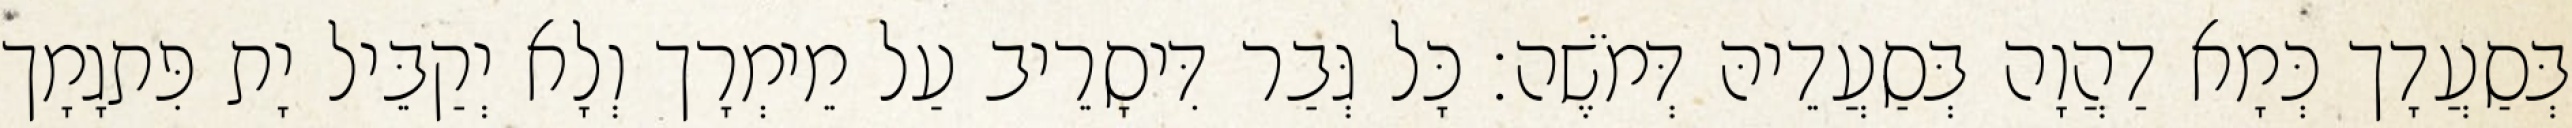
בְּסַעֲדָך כְּמָא דַהֲוָה בְּסַעֲדֵיהּ דְּמֹשֶׁה׃ כָּל גְּבַר דִּיסָרֵיב עַל מֵימְרָך וְלָא יְקַבֵּיל יָת פִּתגָמָך